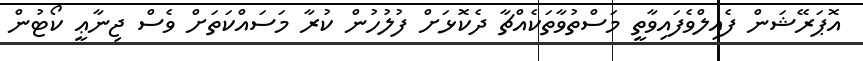
އޮޕަރޭޝަން ފެއިލްވެފައިވާތީ މަސްތުވާތަކެއްޗާ ދެކޮޅަށް ފުލުހުން ކުރާ މަސައްކަތަށް ވެސް ޖިނާޢީ ކޯޓުން